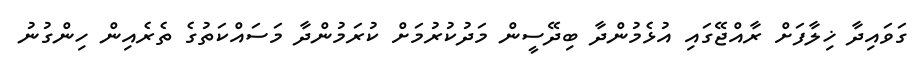
ގަވައިދާ ޚިލާފަށް ރާއްޖޭގައި އުޅެމުންދާ ބިދޭސީން މަދުކުރުމަށް ކުރަމުންދާ މަސައްކަތުގެ ތެރެއިން ހިންގުނު